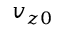
v _ { z 0 }